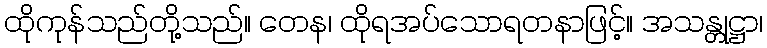
ထိုကုန်သည်တို့သည်။ တေန၊ ထိုရအပ်သောရတနာဖြင့်။ အသန္တုဋ္ဌာ၊